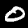
Label: 0